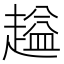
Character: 𬦜